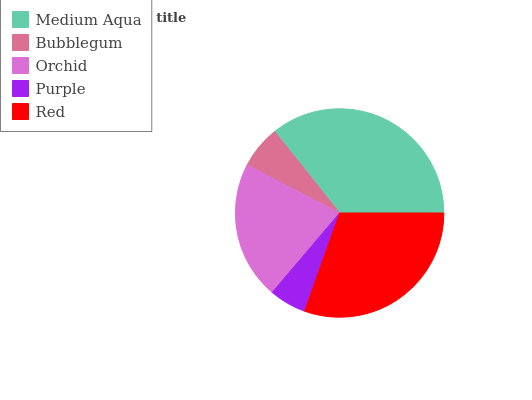
| Medium Aqua | Bubblegum | Orchid | Purple | Red |
 | --- | --- | --- | --- | --- |
 | 35.7% | 6.67% | 21.5% | 5.78% | 30.4% |